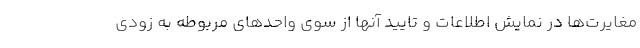
مغایرت‌ها در نمایش اطلاعات و تایید آنها از سوی واحدهای مربوطه به زودی